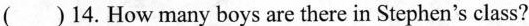
( )14.How many boys are there in Stephen's class?